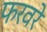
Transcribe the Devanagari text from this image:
फरवरे